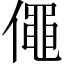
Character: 僶